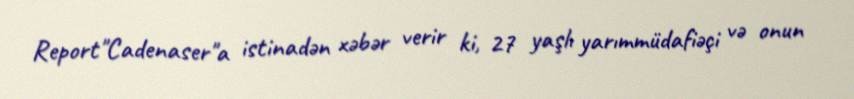
Report"Cadenaser"a istinadən xəbər verir ki, 27 yaşlı yarımmüdafiəçi və onun